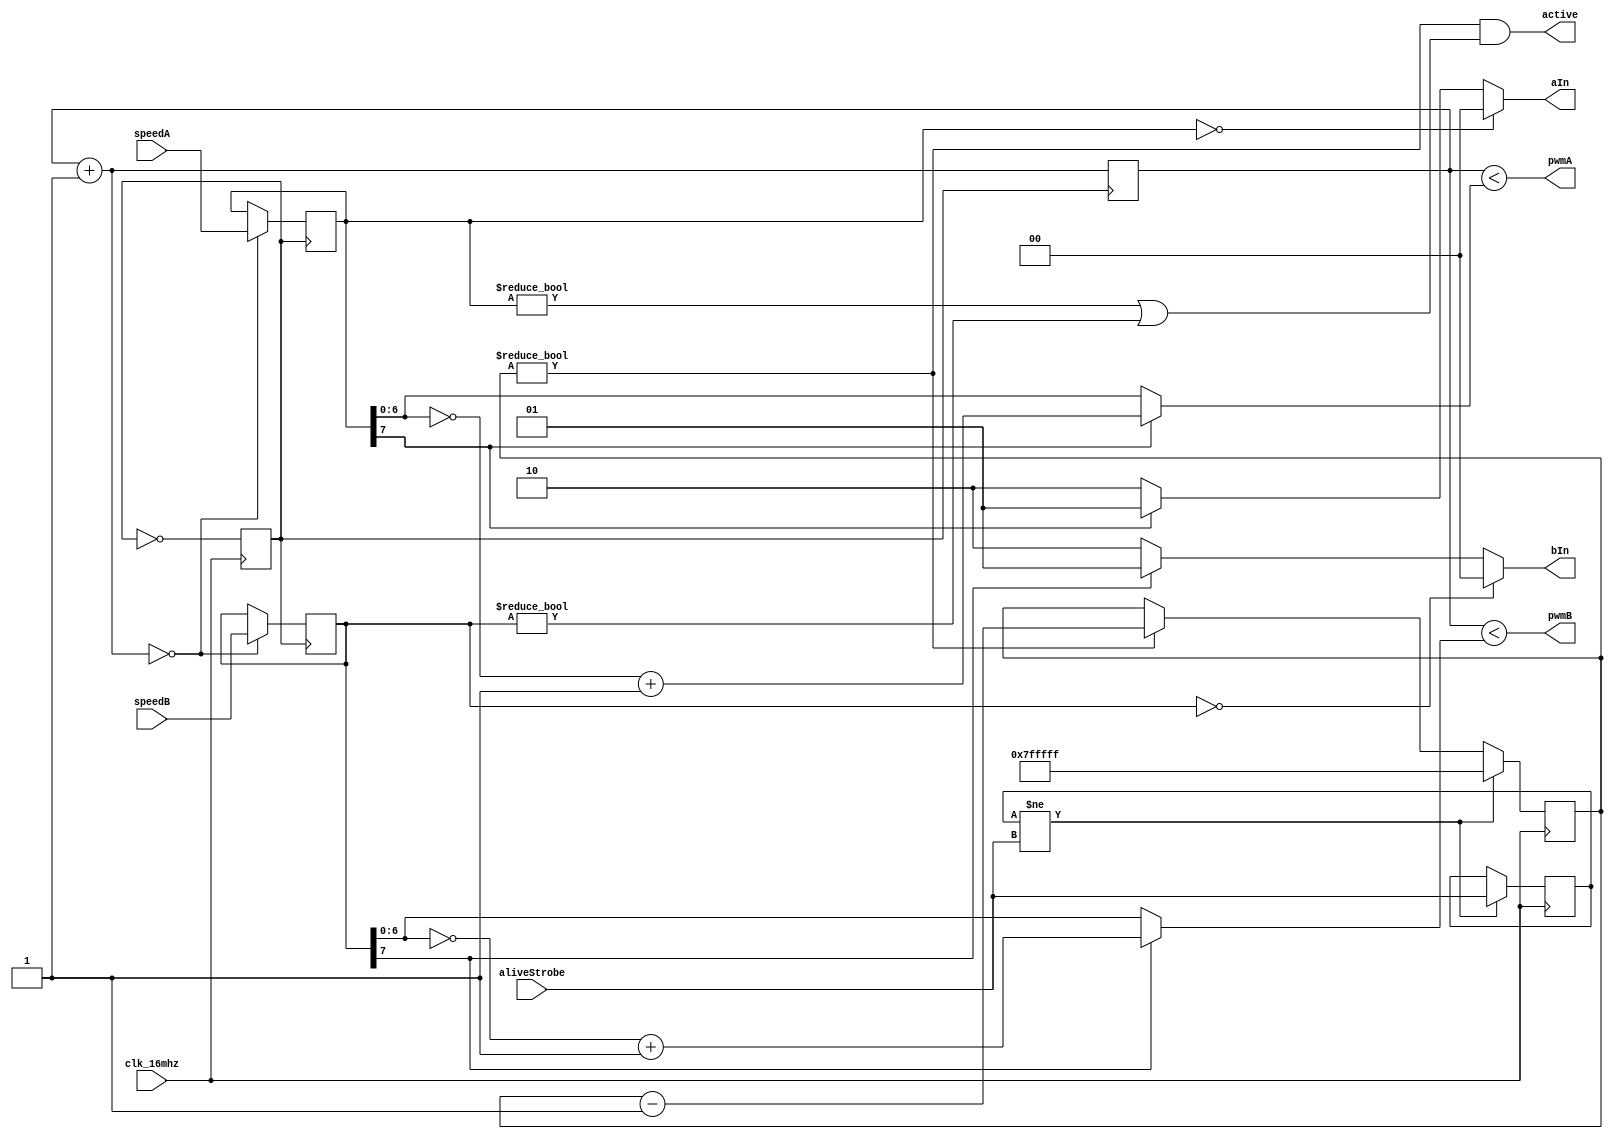
module rb_pol_110(
	output pwmA,
	output pwmB,
	output[1:0] aIn,
	output[1:0] bIn,
        output active,
	
	input signed [7:0] speedA,
	input signed [7:0] speedB,
	input aliveStrobe,
	input clk_16mhz
  );


  reg[6:0] pwmTicker = 0;
  reg[23:1] timeoutTicker = 0;
  reg lastAliveStrobe = 0;
  reg clk_8mhz = 0;

  wire isAlive;
  wire[6:0] ticksA, ticksB;

  reg[7:0] lspeedA = 0;
  reg[7:0] lspeedB = 0;

  always @(posedge clk_16mhz) clk_8mhz <= ~clk_8mhz;
  always @(posedge clk_8mhz) begin
	  pwmTicker <= pwmTicker+1;
	  if (pwmTicker + 7'd1 == 7'd0) begin
		  lspeedA <= speedA;
		  lspeedB <= speedB;
	  end
  end
  always @(posedge clk_16mhz) begin
	  if (lastAliveStrobe != aliveStrobe) begin
		  lastAliveStrobe <= aliveStrobe;
		  timeoutTicker <= -1;
	  end
	  else if (timeoutTicker != 0)
		  timeoutTicker <= timeoutTicker - 1;
  end

  assign isAlive = (timeoutTicker != 0);
  assign ticksA = lspeedA[7] ? (~lspeedA[6:0]+7'b1) : lspeedA[6:0];
  assign ticksB = lspeedB[7] ? (~lspeedB[6:0]+7'b1) : lspeedB[6:0];
  
  // Outputs:
  assign active = isAlive && (lspeedA != 0 || lspeedB != 0);
  assign aIn = (lspeedA == 0 ? 2'b00 : (lspeedA[7] ? 2'b01 : 2'b10));
  assign bIn = (lspeedB == 0 ? 2'b00 : (lspeedB[7] ? 2'b01 : 2'b10));
  assign pwmA = pwmTicker < ticksA;
  assign pwmB = pwmTicker < ticksB;
endmodule